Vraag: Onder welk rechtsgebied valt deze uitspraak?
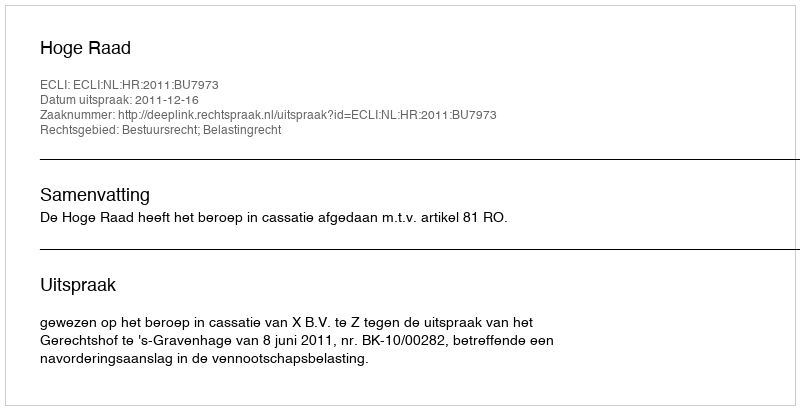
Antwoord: Bestuursrecht; Belastingrecht